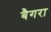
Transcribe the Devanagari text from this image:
बैगरा